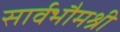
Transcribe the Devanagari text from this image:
सार्वभौमश्री